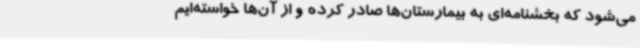
می‌شود که بخشنامه‌ای به بیمارستان‌ها صادر کرده و از آن‌ها خواسته‌ایم